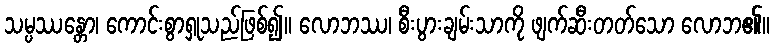
သမ္ပဿန္တော၊ ကောင်းစွာရှုသည်ဖြစ်၍။ လောဘဿ၊ စီးပွားချမ်းသာကို ဖျက်ဆီးတတ်သော လောဘ၏။